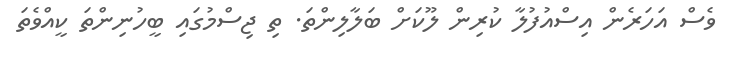
ވެސް އަހަރެން އިސްއުފުލާ ކުރިން ލޫކަށް ބަލާލިންތަ. ތި ޖިސްމުގައި ބީހުނިންތަ ކީއްވެތަ